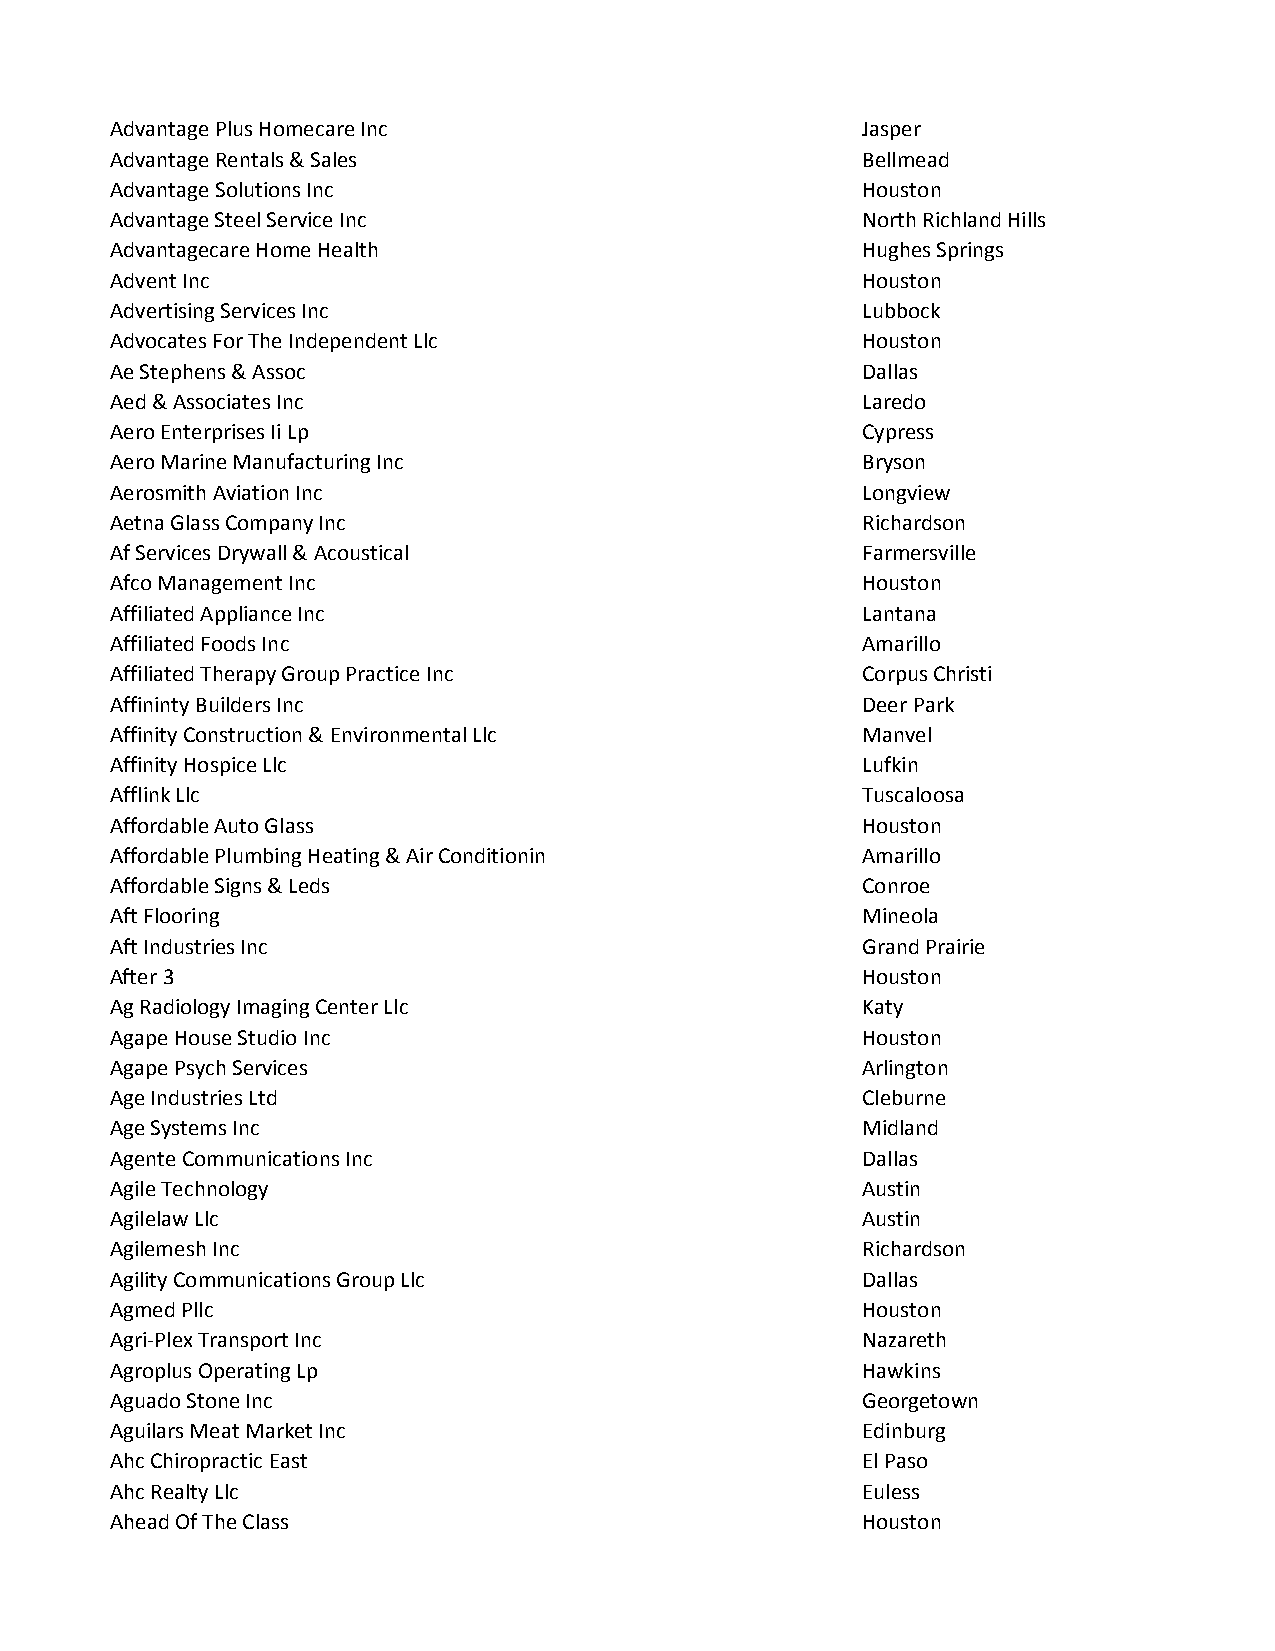
Advantage Plus Homecare Inc                       Jasper
 Advantage Rentals & Sales                         Bellmead
 Advantage Solutions Inc                           Houston
 Advantage Steel Service Inc                       North Richland Hills
 Advantagecare Home Health                         Hughes Springs
 Advent Inc                                        Houston
 Advertising Services Inc                          Lubbock
 Advocates For The Independent Llc                 Houston
 Ae Stephens & Assoc                               Dallas
 Aed & Associates Inc                              Laredo
 Aero Enterprises Ii Lp                            Cypress
 Aero Marine Manufacturing Inc                     Bryson
 Aerosmith Aviation Inc                            Longview
 Aetna Glass Company Inc                           Richardson
 Af Services Drywall & Acoustical                  Farmersville
 Afco Management Inc                               Houston
 Affiliated Appliance Inc                          Lantana
 Affiliated Foods Inc                              Amarillo
 Affiliated Therapy Group Practice Inc             Corpus Christi
 Affininty Builders Inc                            Deer Park
 Affinity Construction & Environmental Llc         Manvel
 Affinity Hospice Llc                              Lufkin
 Afflink Llc                                       Tuscaloosa
 Affordable Auto Glass                             Houston
 Affordable Plumbing Heating & Air Conditionin     Amarillo
 Affordable Signs & Leds                           Conroe
 Aft Flooring                                      Mineola
 Aft Industries Inc                                Grand Prairie
 After 3                                           Houston
 Ag Radiology Imaging Center Llc                   Katy
 Agape House Studio Inc                            Houston
 Agape Psych Services                              Arlington
 Age Industries Ltd                                Cleburne
 Age Systems Inc                                   Midland
 Agente Communications Inc                         Dallas
 Agile Technology                                  Austin
 Agilelaw Llc                                      Austin
 Agilemesh Inc                                     Richardson
 Agility Communications Group Llc                  Dallas
 Agmed Pllc                                        Houston
 Agri-Plex Transport Inc                           Nazareth
 Agroplus Operating Lp                             Hawkins
 Aguado Stone Inc                                  Georgetown
 Aguilars Meat Market Inc                          Edinburg
 Ahc Chiropractic East                             El Paso
 Ahc Realty Llc                                    Euless
 Ahead Of The Class                                Houston